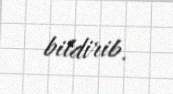
bildirib.